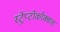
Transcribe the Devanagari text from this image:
स्ट्रेप्टोकोक्कस